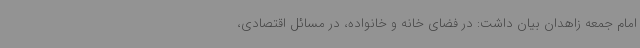
امام جمعه زاهدان بیان داشت: در فضای خانه و خانواده، در مسائل اقتصادی،